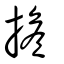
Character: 擔